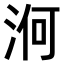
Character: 𣵣